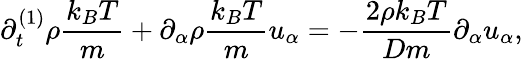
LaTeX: \partial_{t}^{(1)}\rho\frac{k_{B}T}{m}+\partial_{\alpha}\rho\frac{k_{B}T}{m}u_{\alpha}=-\frac{2\rho k_{B}T}{Dm}\partial_{\alpha}u_{\alpha},